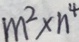
m ^ { 2 } \times n ^ { 4 }